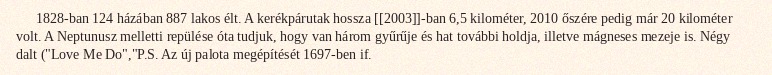
1828-ban 124 házában 887 lakos élt. A kerékpárutak hossza [[2003]]-ban 6,5 kilométer, 2010 őszére pedig már 20 kilométer volt. A Neptunusz melletti repülése óta tudjuk, hogy van három gyűrűje és hat további holdja, illetve mágneses mezeje is. Négy dalt ("Love Me Do","P.S. Az új palota megépítését 1697-ben if.